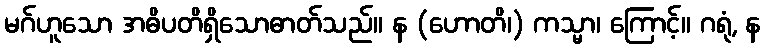
မဂ်ဟူသော အဓိပတိရှိသောဓာတ်သည်။ န (ဟောတိ၊) ကသ္မာ၊ ကြောင့်။ ဂရုံ, န